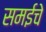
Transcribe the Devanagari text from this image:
समईचे